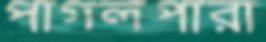
পাগলপারা